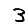
Digit: 3